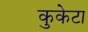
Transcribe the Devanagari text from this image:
कुकेटा